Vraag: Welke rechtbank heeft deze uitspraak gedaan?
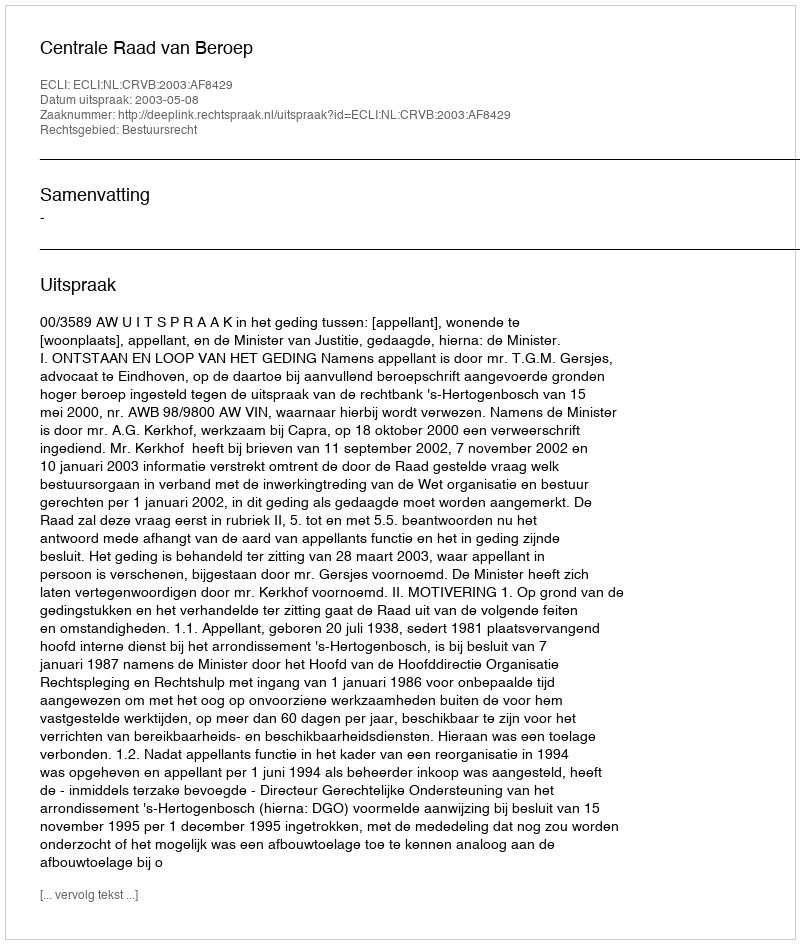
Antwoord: Centrale Raad van Beroep